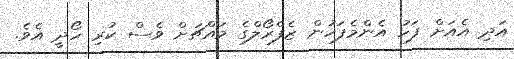
އަދި އެއަށް ފަހު އެންމެފަހުން ޒެފްރޯލްގެ މައްޗަށް ވެސް ކުރި ހޯދީ އެވެ.